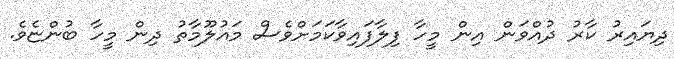
ދިޔައިރު ކާރު ދުއްވަން އިން މީހާ ފިލާފައިވާކަމަށްވެސް މައުލޫމާތު ދިން މީހާ ބުންޏެވެ.